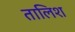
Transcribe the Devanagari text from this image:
तालिश